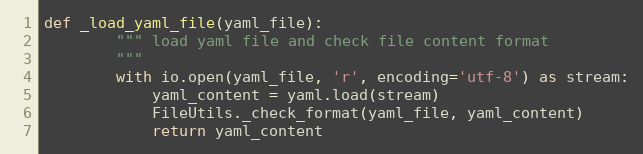
Language: Python
def _load_yaml_file(yaml_file):
        """ load yaml file and check file content format
        """
        with io.open(yaml_file, 'r', encoding='utf-8') as stream:
            yaml_content = yaml.load(stream)
            FileUtils._check_format(yaml_file, yaml_content)
            return yaml_content